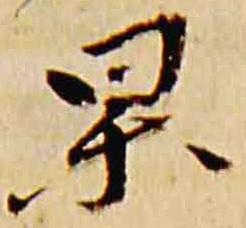
杲